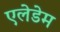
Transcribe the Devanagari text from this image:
एलेडेम